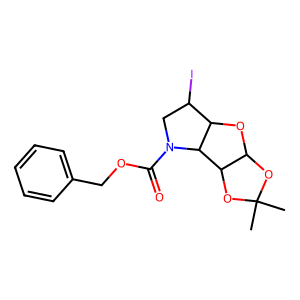
SMILES: CC1(C)OC2OC3C(I)CN(C(=O)OCc4ccccc4)C3C2O1
Inhibits HIV replication: No